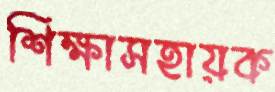
শিক্ষাসহায়ক